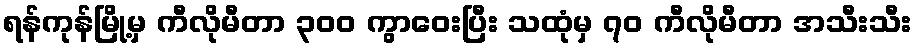
ရန်ကုန်မြို့မှ ကီလိုမီတာ ၃၀၀ ကွာဝေးပြီး သထုံမှ ၇၀ ကီလိုမီတာ အသီးသီး